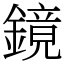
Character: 鏡